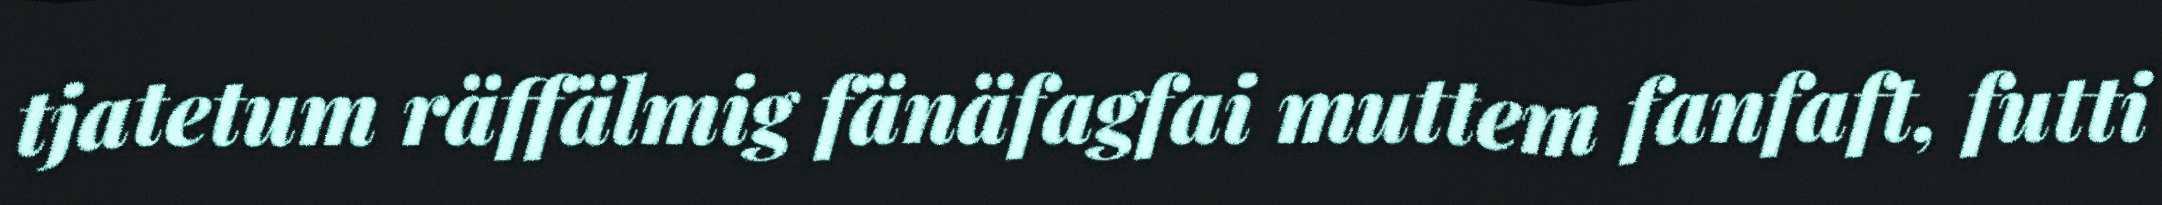
tjatetum räffälmig fänäfagfai muttem fanfaft, futti